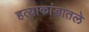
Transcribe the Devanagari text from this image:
हत्याकांडातले